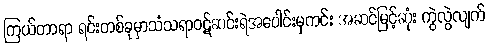
ကြယ်တာရာ ရင်းတစ်ခုမှာသံသရာဝဋ်ဆင်းရဲအပေါင်းမှကင်း အဆင်မြင့်ဆုံး ကွဲလွဲလျက်